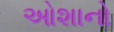
ઓશાનો